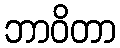
ဘာဝိတာ